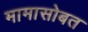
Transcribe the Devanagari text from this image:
मामासोबत